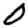
Digit: 0